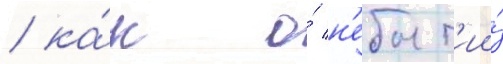
/ ка́к о́ н'ебыт'ии́